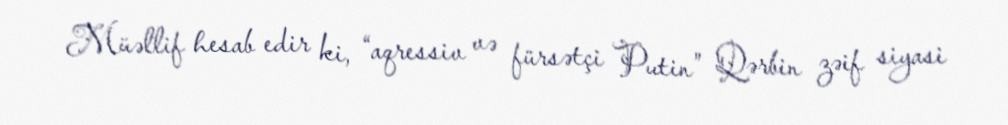
Müəllif hesab edir ki, “aqressiv və fürsətçi Putin” Qərbin zəif siyasi